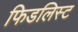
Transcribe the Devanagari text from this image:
फिडलिस्ट